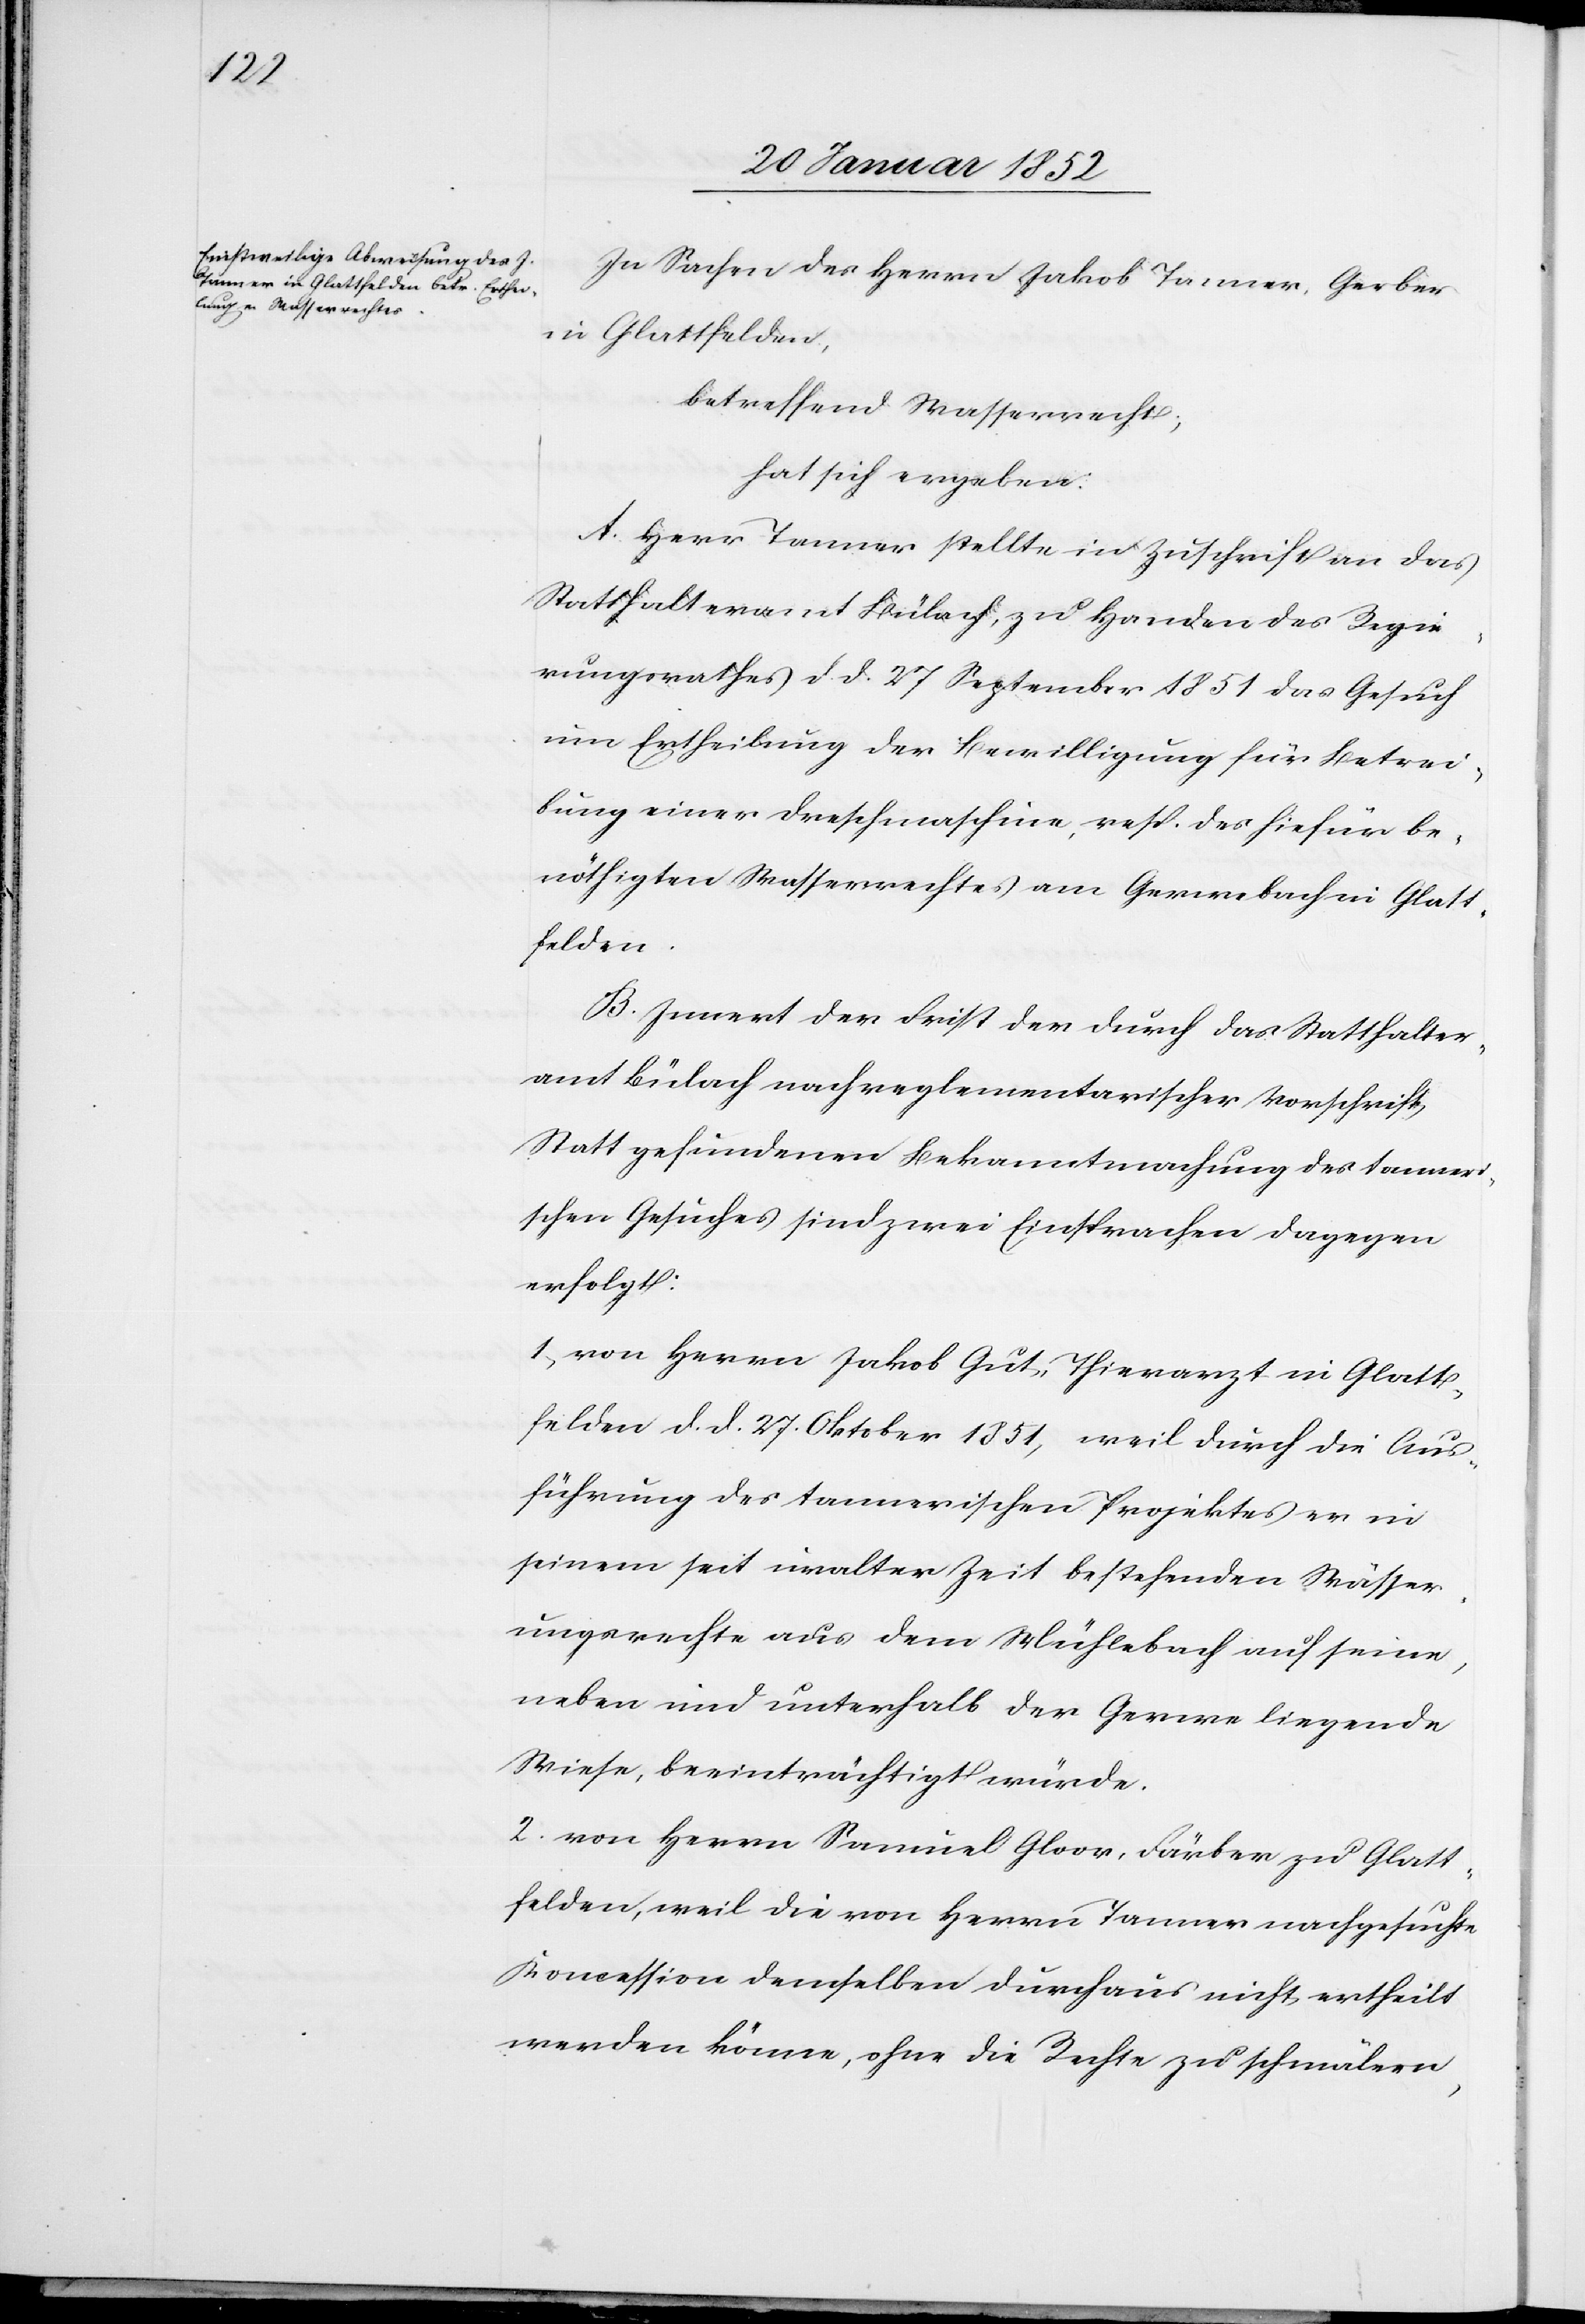
In Sachen des Herrn Jakob Tanner, Gerber
in Glattfelden,
betreffend Wasserrecht,
hat sich ergeben.
A. Herr Tanner stellte in Zuschrift an das
Statthalteramt Bülach, zu Handen des Regie¬
rungsrathes d. d. 27 September 1851 das Gesuch
um Ertheilung der Bewilligung für Betrei¬
bung einer Dreschmaschine, resp. des hiefür be¬
nöthigten Wasserrechtes am Gerenbach in Glatt¬
felden.
B. Innert der Frist der durch das Statthalter¬
amt Bülach nach reglementarischer Vorschrift
Statt gefundenen Bekanntmachung des Tanner¬
schen Gesuches sind zwei Einsprachen dagegen
erfolgt:
1, von Herrn Jakob Gut, Thierarzt in Glatt¬
felden d. d. 27. Oktober 1851, weil durch die Aus¬
führung des tannerischen Projektes in
seinem seit uralter Zeit bestehenden Wässer¬
ungsrechte aus dem Mühlebach auf seine,
neben und unterhalb der Geren liegende
Wiese, beeinträchtigt würde.
2. von Herrn Samuel Gloor, Färber zu Glatt¬
felden, weil die von Herrn Tanner nachgesuchte
Koncession demselben durchaus nicht ertheilt
werden könne, ohne die Rechte zu schmälern,